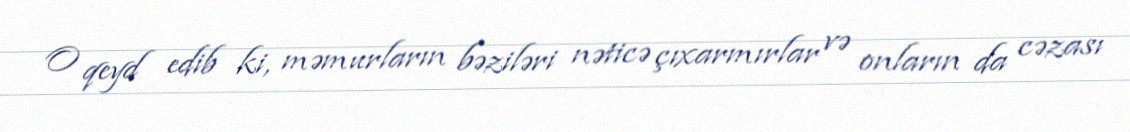
O qeyd edib ki, məmurların bəziləri nəticə çıxarmırlar və onların da cəzası